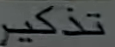
تذكر